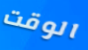
الوقت